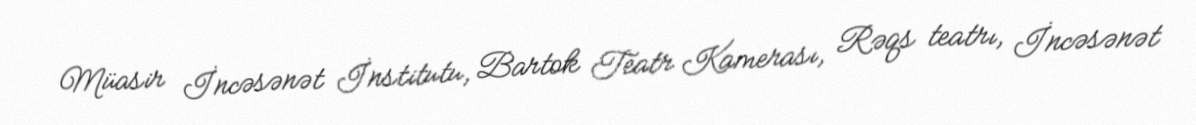
Müasir İncəsənət İnstitutu, Bartok Teatr Kamerası, Rəqs teatrı, İncəsənət